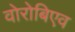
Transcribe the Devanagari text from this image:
वोरोबिएव